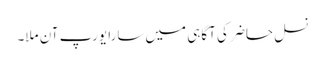
نسلِ حاضر کی آگاہی میں سارا یورپ آن ملا۔